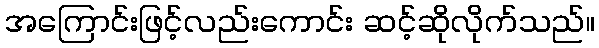
အကြောင်းဖြင့်လည်းကောင်း ဆင့်ဆိုလိုက်သည်။